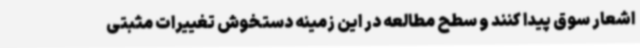
اشعار سوق پیدا کنند و سطح مطالعه در این زمینه دستخوش تغییرات مثبتی